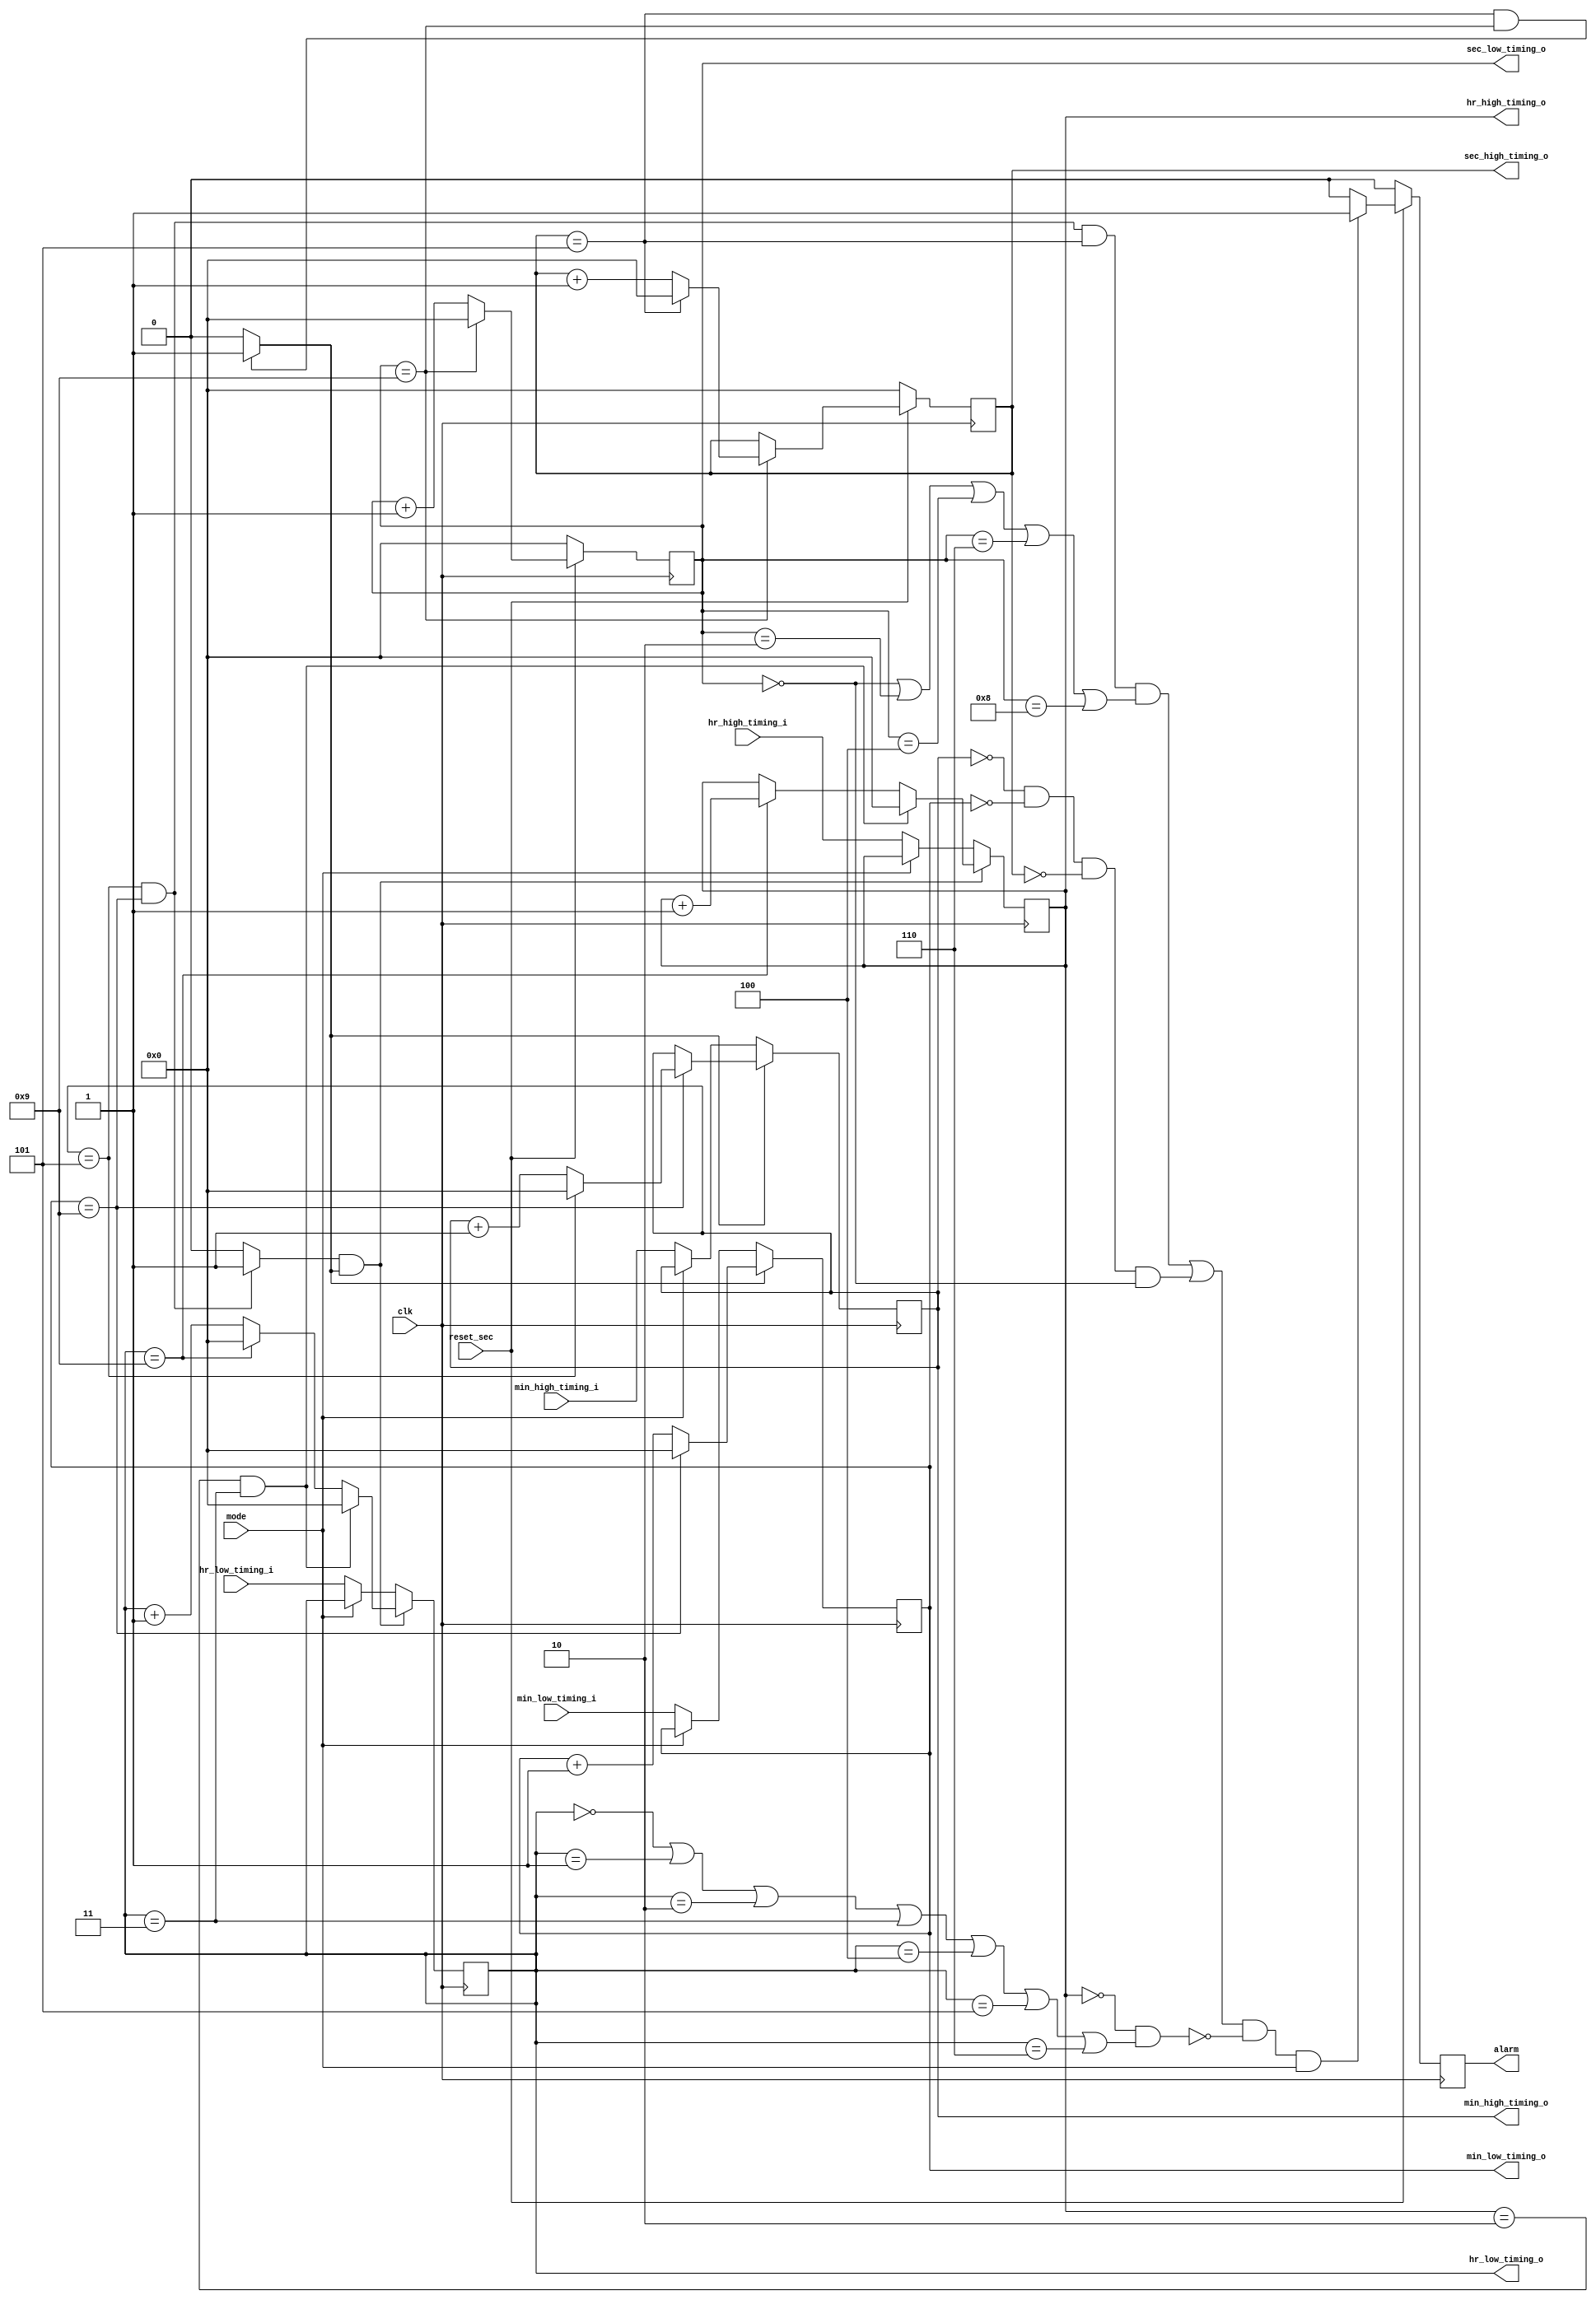
module timing(mode,reset_sec,clk,hr_high_timing_i,hr_low_timing_i,min_high_timing_i,min_low_timing_i,hr_high_timing_o,hr_low_timing_o,min_high_timing_o,min_low_timing_o,sec_high_timing_o,sec_low_timing_o,alarm);
input reset_sec,clk,mode;
output alarm;
reg alarm;
input[3:0] hr_high_timing_i,hr_low_timing_i,min_high_timing_i,min_low_timing_i;
output[3:0] hr_high_timing_o,min_high_timing_o,sec_high_timing_o,hr_low_timing_o,min_low_timing_o,sec_low_timing_o;
reg[3:0] hr_high_timing_o,min_high_timing_o,sec_high_timing_o,hr_low_timing_o,min_low_timing_o,sec_low_timing_o;
wire carry_sec,carry_min;


initial
begin
hr_high_timing_o<=0;
min_high_timing_o<=0;
sec_high_timing_o<=0;
hr_low_timing_o<=0;
min_low_timing_o<=0;
sec_low_timing_o<=0;
end


always @(posedge clk) //sec_low_timing
begin
	if(!reset_sec) sec_low_timing_o<=0;  
  else if(sec_low_timing_o==9)  
    sec_low_timing_o<=0;  
  else  
    sec_low_timing_o<=sec_low_timing_o+1;  
end  

always @(posedge clk)  //sec_high_timing
begin  
  if(!reset_sec) sec_high_timing_o<=0;  
  else if(sec_low_timing_o==9)  
    begin  
      if(sec_high_timing_o==5)  
        sec_high_timing_o<=0;  
      else  
        sec_high_timing_o<=sec_high_timing_o+1;  
    end  
end  

assign carry_sec=((sec_high_timing_o==5)&&(sec_low_timing_o==9))?1:0;  

always @(posedge clk)  //min_low_timing
begin  
  if(carry_sec)  
    begin  
     if(min_low_timing_o==9)  
        min_low_timing_o<= 0;  
     else 
        min_low_timing_o<=min_low_timing_o+1; 
     
    end 
   else  if(!mode)
		min_low_timing_o<=min_low_timing_i;
end  

always @(posedge clk)  //min_high_timing
begin   
  if(carry_sec)  
    begin  
    if(min_low_timing_o==9)  
      begin  
      if(min_high_timing_o==5)  
        min_high_timing_o <= 0;  
      else 
        min_high_timing_o<= min_high_timing_o+1; 
      end  
    end 
    else if (!mode) 
		min_high_timing_o<=min_high_timing_i; 
end  

assign carry_min = ((min_high_timing_o==5)&&(min_low_timing_o==9))?1:0; 

always @(posedge clk)  //hr_low_timing
begin
  if(carry_min&&carry_sec)  
  begin  
    if((hr_high_timing_o==2)&&(hr_low_timing_o==3))   
      hr_low_timing_o<=0;  
    else
       if(hr_low_timing_o==9)  
        hr_low_timing_o <=0;  
       else  
        hr_low_timing_o <= hr_low_timing_o + 1; 
  end 
  else if(!mode)
	hr_low_timing_o<=hr_low_timing_i;
end  

always @(posedge clk)  //hr_high_timing
begin   
  if(carry_min&&carry_sec)  
  begin  
      if((hr_high_timing_o==2)&&(hr_low_timing_o==3))  
        hr_high_timing_o <= 0;  
      else if(hr_low_timing_o==9)  
        hr_high_timing_o<=hr_high_timing_o+1;  
  end  
  else if(!mode)
	hr_high_timing_o<=hr_high_timing_i;
end  

always @(negedge clk)  
      begin  
        if(!reset_sec) //important!!!  
        begin  
			alarm<=0;
		end
		
		else
		begin
			if((min_high_timing_o==5&&min_low_timing_o==9&&sec_high_timing_o==5&&(sec_low_timing_o==0||sec_low_timing_o==2||sec_low_timing_o==4||sec_low_timing_o==6||sec_low_timing_o==8)
			    ||(min_high_timing_o==0&&min_low_timing_o==0&&sec_high_timing_o==0&&sec_low_timing_o==0))
			    &&(!(hr_high_timing_o==0&&(hr_low_timing_o==0||hr_low_timing_o==1||hr_low_timing_o==2||hr_low_timing_o==3||hr_low_timing_o==4||hr_low_timing_o==5||hr_low_timing_o==6)))
			&&mode)
			alarm<=1;
			else
			alarm<=0;
		end
	end
endmodule